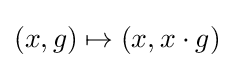
(x,g)\mapsto (x,x\cdot g)